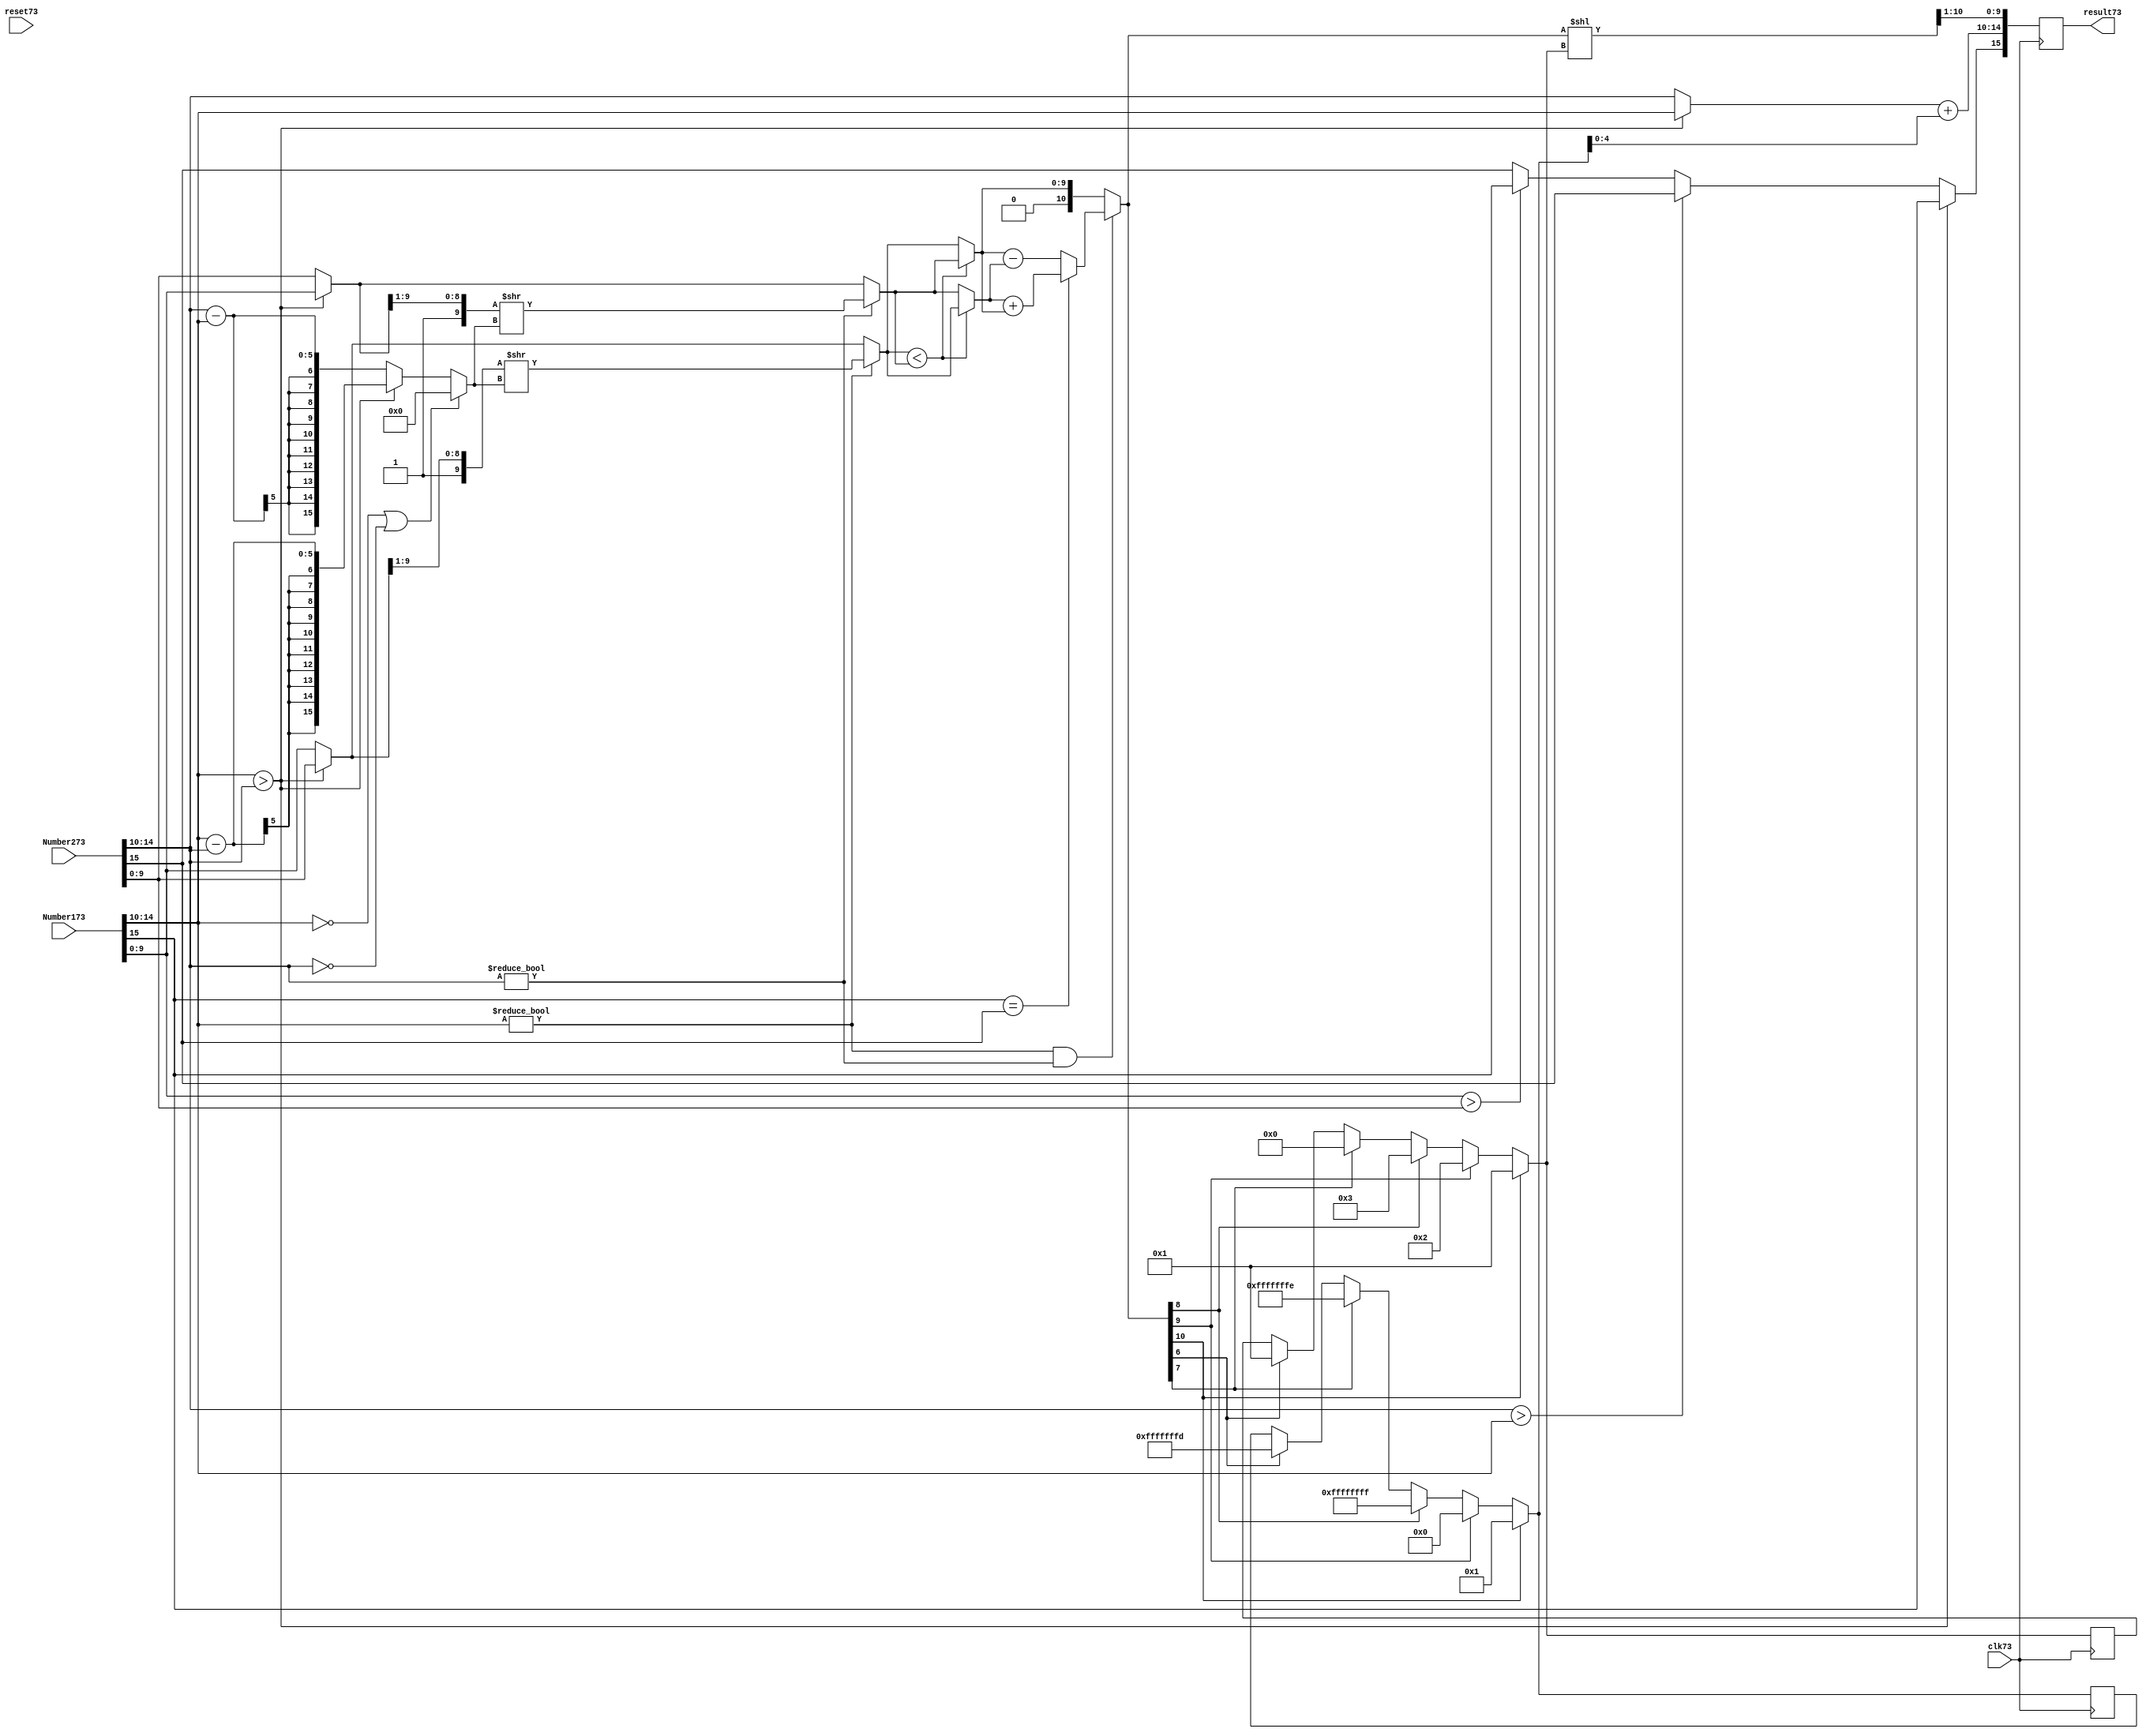
module SinglePointFloatingPointAdder(input clk73, input reset73, input [15:0]Number173, input [15:0]Number273, output [15:0]result73);
    
    reg    [15:0] Numshift73; 
    reg    [4:0]  Largerexp73,Finalexpo73;
    reg    [9:0] Smallexpmantissa73,Smantissa73,Lmantissa73,Largemantissa73,Finalmant73;
    reg    [10:0] Addmant73,Add1mant73;
    reg    [4:0]  e173,e273;
    reg    [9:0] m173,m273;
    reg           s173,s273,Finalsign73;
    reg    [3:0]  renormshift73;
    integer signed   renormexp73;
    //reg           renormexp73;
    reg    [15:0] Result73;

    assign Result = Result73;


    always @(posedge clk73) begin
    //----------------stage 1----------------------
	e173 = Number173[14:10];
	e273 = Number273[14:10];
    	m173 = Number173[9:0];
	m273 = Number273[9:0];
	s173 = Number173[15];
	s273 = Number273[15];
        
        if (e173  > e273) begin
            Numshift73           = e173 - e273;              // mantissa shift
            Largerexp73           = e173;                     // lower exponent
            Smallexpmantissa73  = m273;
            Largemantissa73      = m173;
        end
        
        else begin
            Numshift73           = e273 - e173;
            Largerexp73           = e273;
            Smallexpmantissa73  = m173;
            Largemantissa73      = m273;
        end

	if (e173 == 0 | e273 ==0) begin
	    Numshift73 = 0;
	end
	else begin
	    Numshift73 = Numshift73;
	end
	
	//-------------------stage 2---------------------
    //if check both for normalization then append 1 and shift
	if (e173 != 0) begin
            Smallexpmantissa73  = {1'b1,Smallexpmantissa73[9:1]};
	    Smallexpmantissa73  = (Smallexpmantissa73 >> Numshift73);
        end
	else begin
	    Smallexpmantissa73 = Smallexpmantissa73;
	end

	if (e273!= 0) begin
            Largemantissa73 = {1'b1,Largemantissa73[9:1]};
	    Largemantissa73 = (Largemantissa73 >> Numshift73);
	end
	else begin
	    Largemantissa73 = Largemantissa73;
	end
		

    //---------------------stage 3-------------------
                                      
            if (Smallexpmantissa73  < Largemantissa73) begin
               
		Smantissa73 = Smallexpmantissa73;
		Lmantissa73 = Largemantissa73;
            end
            else begin
              
			
		Smantissa73 = Largemantissa73;
		Lmantissa73 = Smallexpmantissa73;
             end       
        //-----------------------stage 4------------------------
        //add the two mantissa's
	
	if (e173!=0 & e273!=0) begin
		if (s173 == s273) begin
        		Addmant73 = Smantissa73 + Lmantissa73;
		end else begin
			Addmant73 = Lmantissa73 - Smantissa73;
		end
	end	
	else begin
		Addmant73 = Lmantissa73;
	end
         
	//renormalization for mantissa and exponent
	if (Addmant73[10]) begin
		renormshift73 = 2'd1;
		renormexp73 = 2'd1;
	end
	else if (Addmant73[9])begin
		renormshift73 = 2'd2;
		renormexp73 = 0;		
	end
	else if (Addmant73[8])begin
		renormshift73 = 2'd3; 
		renormexp73 = -1;
	end 
	else if (Addmant73[7])begin
		renormshift73 = 2'd4; 
		renormexp73 = -2;		
	end  
	else if (Addmant73[6])begin
		renormshift73 = 2'd5; 
		renormexp73 = -3;		
	end      

	//-------------------------stage 5----------------------

        Finalexpo73 =  Largerexp73 + renormexp73;
	
	Add1mant73 = Addmant73 << renormshift73;

	Finalmant73 = Add1mant73[10:1];  	

        
	if (s173 == s273) begin
		Finalsign73 = s173;
	end 

	if (e173 > e273) begin
		Finalsign73 = s173;	
	end else if (e273 > e173) begin
		Finalsign73 = s273;
	end
	else begin

		if (m173 > m273) begin
			Finalsign73 = s173;		
		end else begin
			Finalsign73 = s273;
		end
	end	
	
	result73 = {Finalsign73,Finalexpo73,Finalmant73}; 
	//result73 = result73 - 16'b0000010000000000;

    end
    
    always @(posedge clk73) begin
            if(reset73) begin
                Numshift73 <= #1 0;
            end
    end
    
endmodule